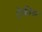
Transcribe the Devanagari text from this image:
ट्रेकीङ